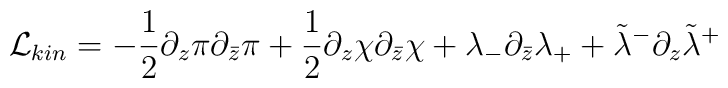
{\cal L}_{kin}=-{1\over 2}\partial_z\pi\partial_{\bar z}\pi+{1\over 2}\partial_z\chi\partial_{\bar z}\chi+\lambda_-\partial_{\bar z}\lambda_++\tilde\lambda^-\partial_z\tilde\lambda^+